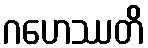
ဂဟေဿတိ